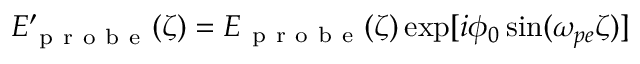
E _ { \mathrm { ~ p ~ r ~ o ~ b ~ e ~ } } ^ { \prime } ( \zeta ) = E _ { \mathrm { ~ p ~ r ~ o ~ b ~ e ~ } } ( \zeta ) \exp [ i \phi _ { 0 } \sin ( \omega _ { p e } \zeta ) ]